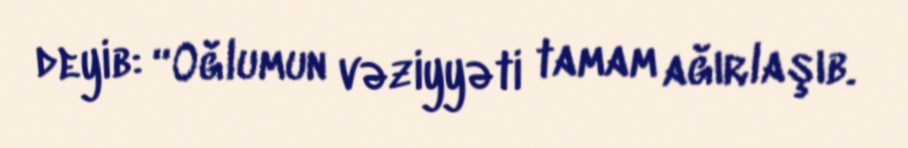
deyib: “Oğlumun vəziyyəti tamam ağırlaşıb.